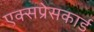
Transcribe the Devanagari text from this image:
एक्सप्रेसकार्ड